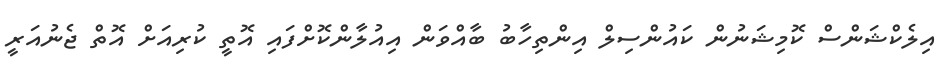
އިލެކްޝަންސް ކޮމިޝަނުން ކައުންސިލް އިންތިހާބު ބާއްވަން އިއުލާންކޮށްފައި އޮތީ ކުރިއަށް އޮތް ޖެނުއަރީ